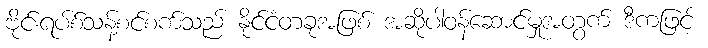
ဗိုင်းရပ်စ်သန့်စင်စက်သည် နိုင်ငံတခုအဖြစ် အဆိုပါဝန်ဆောင်မှုအတွက် ဒီကဖြင့်